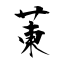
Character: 菄